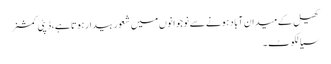
کھیل کے میدان آباد ہونے سے نوجوانوں میں شعور بیدارہوتا ہے،ڈپٹی کمشنر
سیالکوٹ ۔